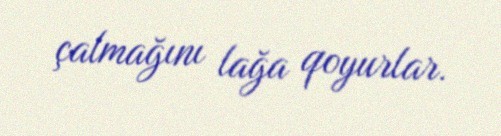
çalmağını lağa qoyurlar.